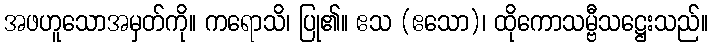
အဖဟူသောအမှတ်ကို။ ကရောသိ၊ ပြု၏။ ဧသ (ဧသော)၊ ထိုကောသမ္ဗီသဋ္ဌေးသည်။